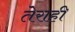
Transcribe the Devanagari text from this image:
तेराही